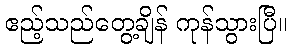
ဧည့်သည်တွေ့ချိန် ကုန်သွားပြီ။